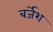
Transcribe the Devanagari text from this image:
बर्जेश